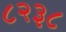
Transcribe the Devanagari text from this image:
८२३८